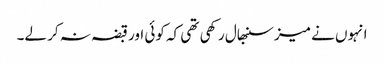
انہوں نے میز سنبھال رکھی تھی کہ کوئی اور قبضہ نہ کر لے۔